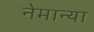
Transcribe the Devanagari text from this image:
नेमान्या